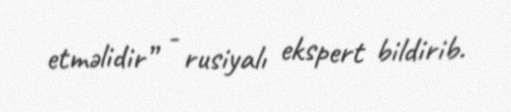
etməlidir” - rusiyalı ekspert bildirib.